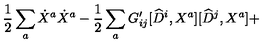
\frac { 1 } { 2 } \sum _ { a } \dot { X } ^ { a } \dot { X } ^ { a } - \frac { 1 } { 2 } \sum _ { a } G _ { i j } ^ { \prime } [ \widehat { D } ^ { i } , X ^ { a } ] [ \widehat { D } ^ { j } , X ^ { a } ] +